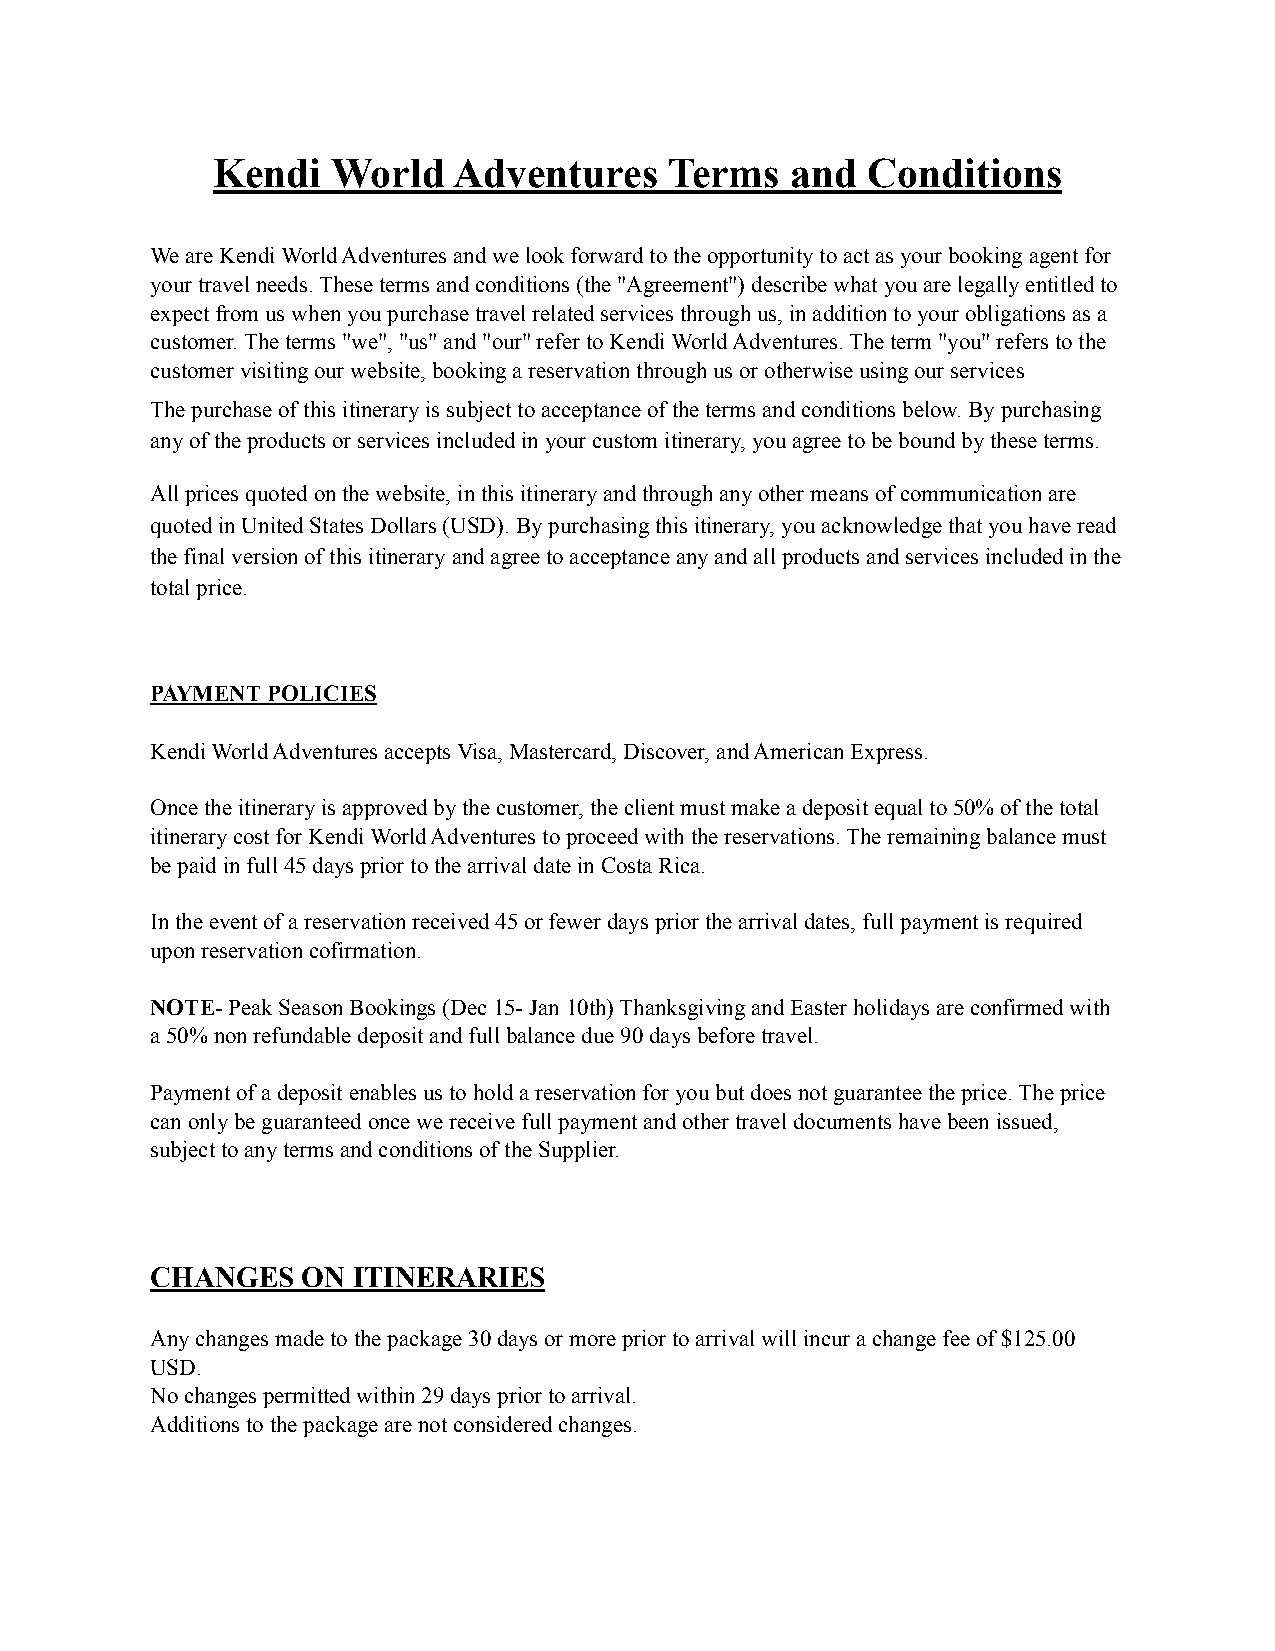
Kendi   World   Adventures    Terms   and  Conditions
 We are Kendi World Adventures and we look forward to the opportunity to act as your booking agent for
 your travel needs. These terms and conditions (the "Agreement") describe what you are legally entitled to
 expect from us when you purchase travel related services through us, in addition to your obligations as a
 customer. The terms "we", "us" and "our" refer to Kendi World Adventures. The term "you" refers to the
 customer visiting our website, booking a reservation through us or otherwise using our services
 The purchase of this itinerary is subject to acceptance of the terms and conditions below. By purchasing
 any of the products or services included in your custom itinerary, you agree to be bound by these terms.
 All prices quoted on the website, in this itinerary and through any other means of communication are
 quoted in United States Dollars (USD). By purchasing this itinerary, you acknowledge that you have read
 the final version of this itinerary and agree to acceptance any and all products and services included in the
 total price.
 PAYMENT POLICIES
 Kendi World Adventures accepts Visa, Mastercard, Discover, and American Express.
 Once the itinerary is approved by the customer, the client must make a deposit equal to 50% of the total
 itinerary cost for Kendi World Adventures to proceed with the reservations. The remaining balance must
 be paid in full 45 days prior to the arrival date in Costa Rica.
 In the event of a reservation received 45 or fewer days prior the arrival dates, full payment is required
 upon reservation cofirmation.
 NOTE- Peak Season Bookings (Dec 15- Jan 10th) Thanksgiving and Easter holidays are confirmed with
 a 50% non refundable deposit and full balance due 90 days before travel.
 Payment of a deposit enables us to hold a reservation for you but does not guarantee the price. The price
 can only be guaranteed once we receive full payment and other travel documents have been issued,
 subject to any terms and conditions of the Supplier.
 CHANGES   ON ITINERARIES
 Any changes made to the package 30 days or more prior to arrival will incur a change fee of $125.00
 USD.
 No changes permitted within 29 days prior to arrival.
 Additions to the package are not considered changes.